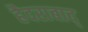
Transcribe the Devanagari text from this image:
हैदराबाद्